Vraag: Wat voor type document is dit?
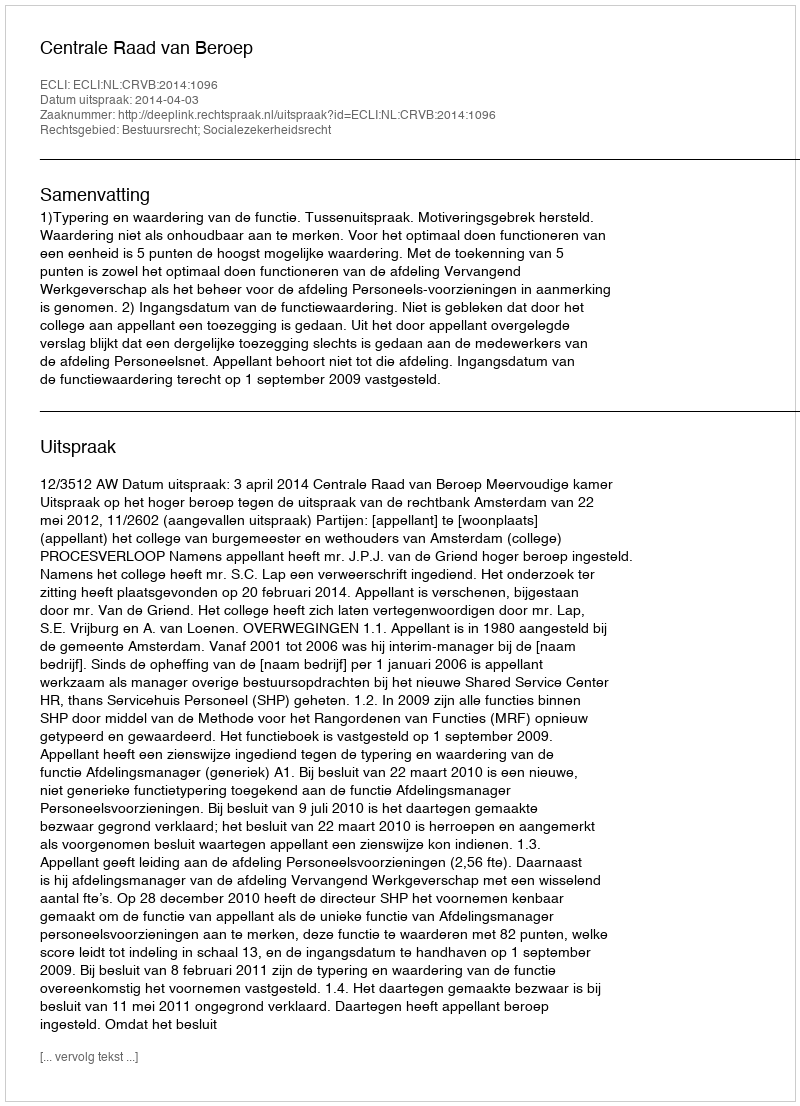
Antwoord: Uitspraak